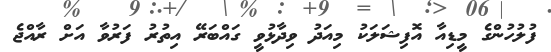
ފުލުހުންގެ މީޑިއާ އޮފިޝަލަކު މިއަދު ވިދާޅުވީ ގައްބަރޭ އިތުރު ފަރުވާ އަށް ރާއްޖެ